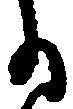
る